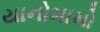
યાનોમામો